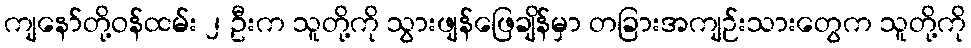
ကျနော်တို့ဝန်ထမ်း ၂ ဦးက သူတို့ကို သွားဖျန်ဖြေချိန်မှာ တခြားအကျဉ်းသားတွေက သူတို့ကို